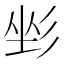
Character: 𢒐